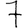
Digit: 7